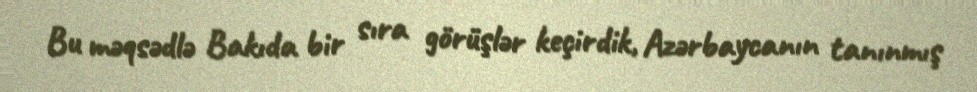
Bu məqsədlə Bakıda bir sıra görüşlər keçirdik, Azərbaycanın tanınmış